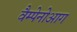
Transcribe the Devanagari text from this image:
वैम्पेनोआग